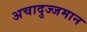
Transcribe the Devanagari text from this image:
अचादुज्जमान